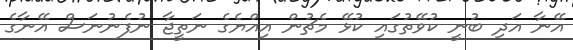
އޭނާ އަދި ބުނީ ކުވޭތުގައި ކުޅޭ މެޗުން އިއްޔެގެ ނަތީޖާ ނުފެނުނަސް އޭނާގެ